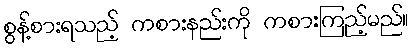
စွန့်စားရသည့် ကစားနည်းကို ကစားကြည့်မည်။